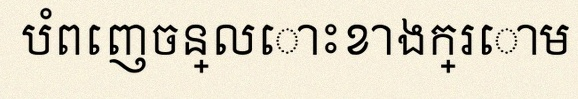
បំពេញចន្លោះខាងក្រោម